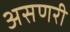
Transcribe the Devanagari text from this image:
असणरी